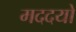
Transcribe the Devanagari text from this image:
मददयो